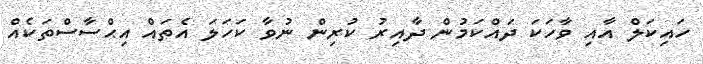
ހައިކަލް އާއި ވާހަކަ ދައްކަމުން ދާއިރު ކުރިން ނުވާ ކަހަލަ އެތައް އިޙްސާސްތަކެއް